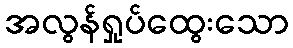
အလွန်ရှုပ်ထွေးသော